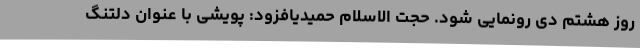
روز هشتم دی رونمایی شود. حجت الاسلام حمیدیافزود: پویشی با عنوان دلتنگ